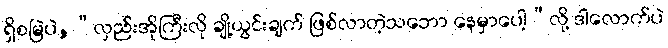
ရှိစမြဲပဲ,“လှည်းအိုကြီးလို ချို့ယွင်းချက် ဖြစ်လာတဲ့သဘော နေမှာပေါ့”လို့ ဒါလောက်ပဲ